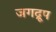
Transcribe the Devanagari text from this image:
जगद्रूप